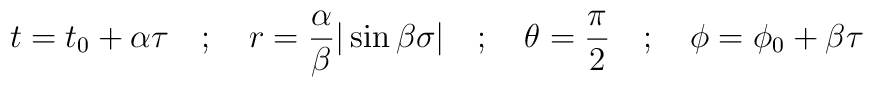
t= t_{0} + \alpha \tau \quad ; \quad r= \frac{\alpha}{\beta} \vert \sin \beta\sigma \vert \quad ; \quad \theta = \frac{\pi}{2} \quad ; \quad \phi = \phi_{0} +\beta \tau